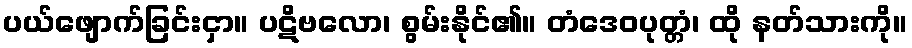
ပယ်ဖျောက်ခြင်းငှာ။ ပဋိဗလော၊ စွမ်းနိုင်၏။ တံဒေဝပုတ္တံ၊ ထို နတ်သားကို။